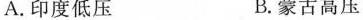
A.印度低压 B.蒙古高压